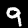
Digit: 9